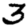
Digit: 3